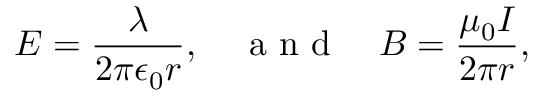
E = \frac { \lambda } { 2 \pi \epsilon _ { 0 } r } , \quad \textrm { a n d } \quad B = \frac { \mu _ { 0 } I } { 2 \pi r } ,